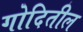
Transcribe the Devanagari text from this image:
गोदितील